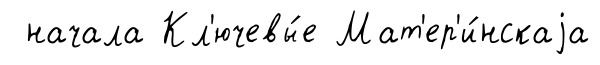
начала Кл'ючевы́е Мат'ер'и́нскаjа